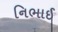
નિભાઈ